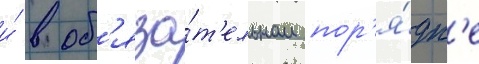
и́ в об'яза́т'ельном пор'я́дк'е